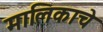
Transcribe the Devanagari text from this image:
मालिकाचे